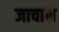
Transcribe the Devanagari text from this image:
जाचास